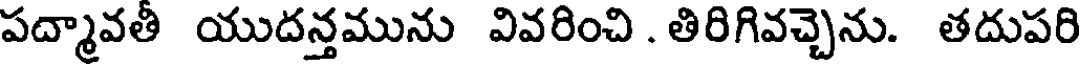
పద్మావతీ యుదన్తమును వివరించి . తిరిగివచ్చెను. తదుపరి